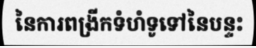
នៃការពង្រីកទំហំទូទៅនៃបន្ទះ